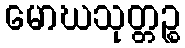
မောဃသုတ္တဉ္စ